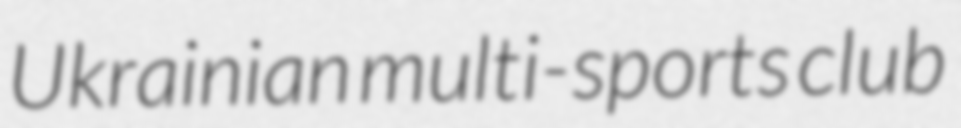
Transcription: Ukrainian multi-sports club